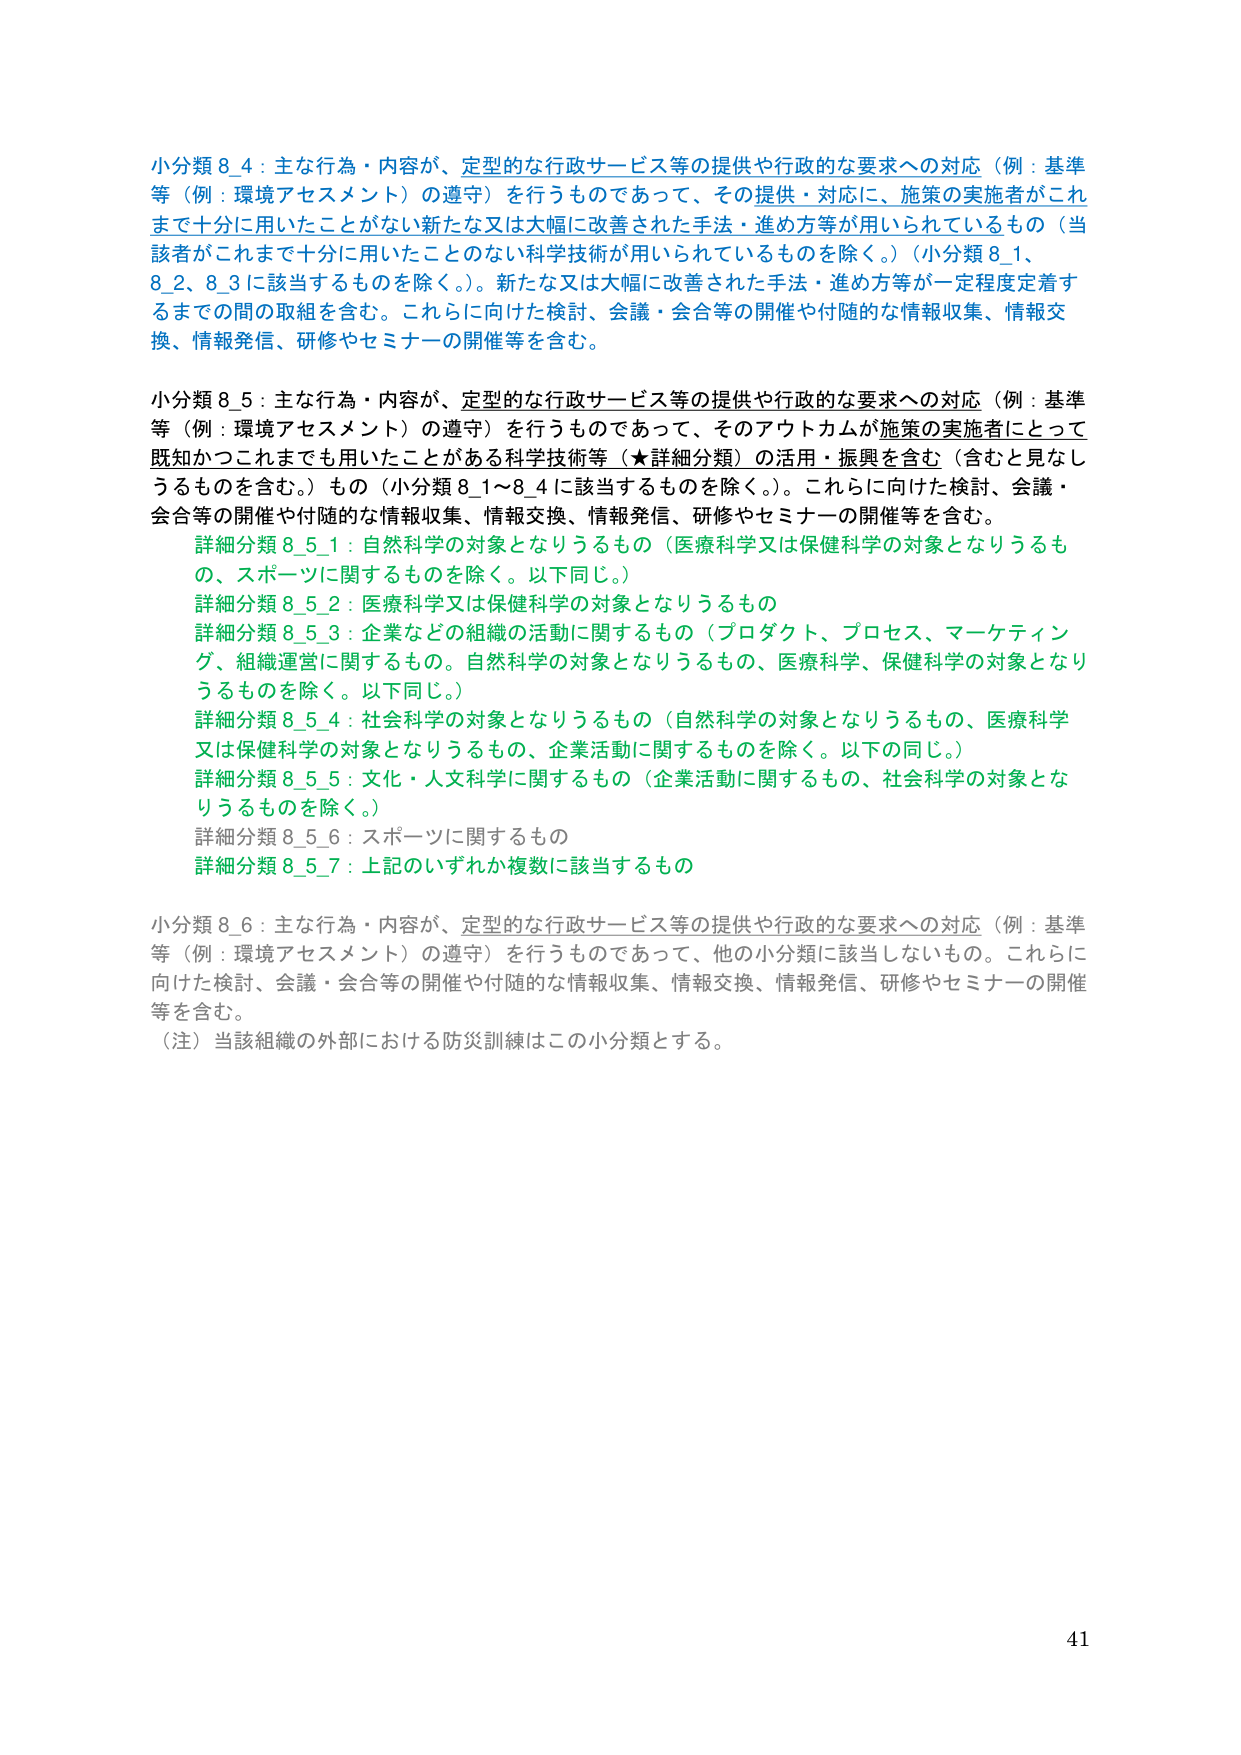
小分類8_4：主な行為・内容が、定型的な行政サービス等の提供や行政的な要求への対応（例：基準等（例：環境アセスメント）の遵守）を行うものであって、その提供・対応に、施策の実施者がこれまで十分に用いたことがない新たな又は大幅に改善された手法・進め方等が用いられているもの（当該者がこれまで十分に用いたことのない科学技術が用いられているものを除く。）（小分類8_1、8_2、8_3に該当するものを除く。）。新たな又は大幅に改善された手法・進め方等が一定程度定着するまでの間の取組を含む。これらに向けた検討、会議・会合等の開催や付随的な情報収集、情報交換、情報発信、研修やセミナーの開催等を含む。

小分類8_5：主な行為・内容が、定型的な行政サービス等の提供や行政的な要求への対応（例：基準等（例：環境アセスメント）の遵守）を行うものであって、そのアウトカムが施策の実施者にとって既知かつこれまでにも用いたことがある科学技術等（★詳細分類）の活用・振興を含む（含むと見なしうるものを含む。）もの（小分類8_1～8_4に該当するものを除く。）。これらに向けた検討、会議・会合等の開催や付随的な情報収集、情報交換、情報発信、研修やセミナーの開催等を含む。
　詳細分類8_5_1：自然科学の対象となりうるもの（医療科学又は保健科学の対象となりうるもの、スポーツに関するものを除く。以下同じ。）
　詳細分類8_5_2：医療科学又は保健科学の対象となりうるもの
　詳細分類8_5_3：企業などの組織の活動に関するもの（プロダクト、プロセス、マーケティング、組織運営に関するもの。自然科学の対象となりうるもの、医療科学、保健科学の対象となりうるものを除く。以下同じ。）
　詳細分類8_5_4：社会科学の対象となりうるもの（自然科学の対象となりうるもの、医療科学又は保健科学の対象となりうるもの、企業活動に関するものを除く。以下の同じ。）
　詳細分類8_5_5：文化・人文科学に関するもの（企業活動に関するもの、社会科学の対象となりうるものを除く。）
　詳細分類8_5_6：スポーツに関するもの
　詳細分類8_5_7：上記のいずれか複数に該当するもの

小分類8_6：主な行為・内容が、定型的な行政サービス等の提供や行政的な要求への対応（例：基準等（例：環境アセスメント）の遵守）を行うものであって、他の小分類に該当しないもの。これらに向けた検討、会議・会合等の開催や付随的な情報収集、情報交換、情報発信、研修やセミナーの開催等を含む。
（注）当該組織の外部における防災訓練はこの小分類とする。

41